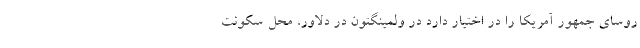
روسای جمهور آمریکا را در اختیار دارد در ولمینگتون در دلاور، محل سکونت